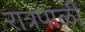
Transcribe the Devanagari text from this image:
रात्रपाळी